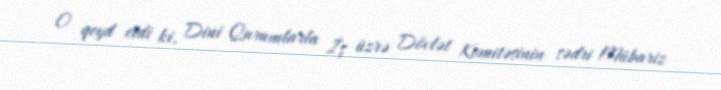
O qeyd etdi ki, Dini Qurumlarla İş üzrə Dövlət Komitəsinin sədri Mübariz